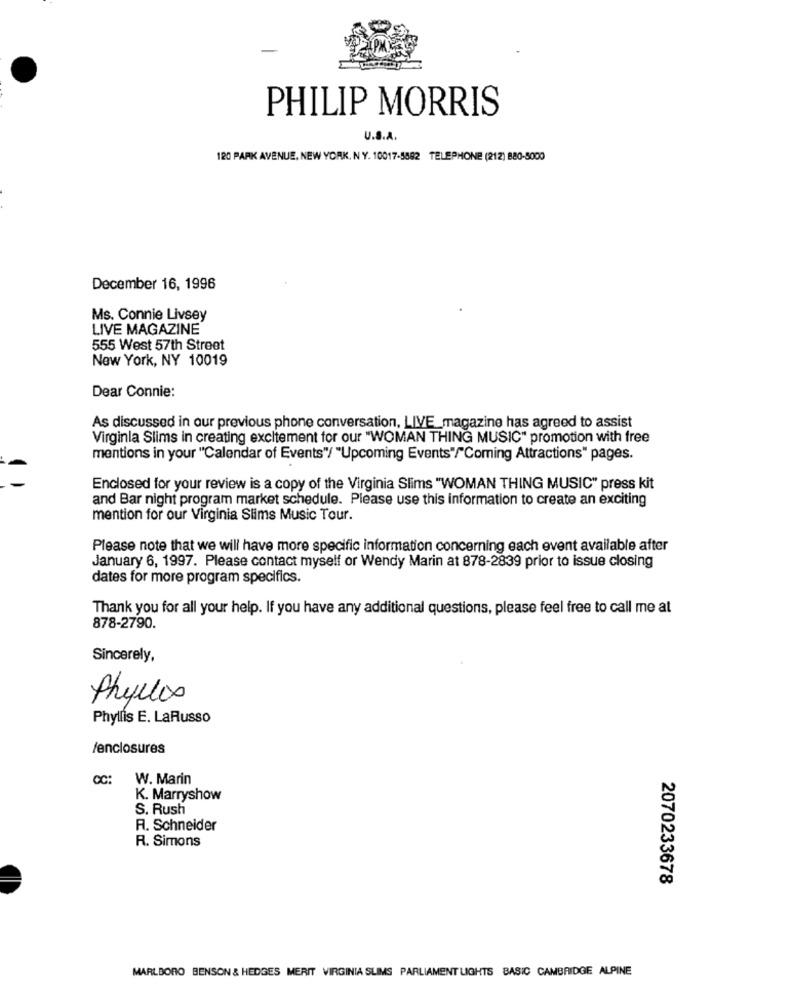
PHILIP MORRIS
U.S.A.
120 PARK AVENUE, NEW YORK, N Y. 10017-5882 TELEPHONE (212) 880-5000
December 16, 1996
Ms. Connie Livsey
LIVE MAGAZINE
555 West 57th Street
New York, NY 10019
Dear Connie:
As discussed in our previous phone conversation, LIVE_magazine has agreed to assist
Virginla Slims in creating excitement for our "WOMAN THING MUSIC" promotion with free
mentions in your "Calendar of Events"/ "Upcoming Events"/"Coming Attractions" pages.
Enclosed for your review is a copy of the Virginia Slims "WOMAN THING MUSIC" press kit
and Bar night program market schedule. Please use this information to create an exciting
mention for our Virginia Slims Music Tour.
Please note that we will have more specific information concerning each event available after
January 6, 1997. Please contact myself or Wendy Marin at 878-2839 prior to issue closing
dates for more program specifics.
Thank you for all your help. If you have any additional questions, please feel free to call me at
878-2790.
Sincerely,
Phyllis
Phyllis E. LaRusso
/enclosures
CC:
W. Marin
K. Marryshow
S. Rush
A. Schneider
R. Simons
2070233678
MARLBORO BENSON & HEDGES MERIT VIRGINIA SLIMS PARLIAMENT LIGHTS BASIC CAMBRIDGE ALPINE